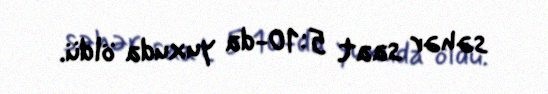
səhər saat 5:10-da yuxuda öldü.